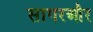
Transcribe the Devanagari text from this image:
सागरऔर